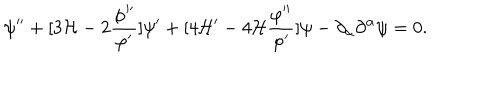
LaTeX: \psi ^ { \prime \prime } + [ 3 { \cal H } - 2 \frac { \varphi ^ { \prime \prime } } { \varphi ^ { \prime } } ] \psi ^ { \prime } + [ 4 { \cal H } ^ { \prime } - 4 { \cal H } \frac { \varphi ^ { \prime \prime } } { \varphi ^ { \prime } } ] \psi - \partial _ { \alpha } \partial ^ { \alpha } \psi = 0 .